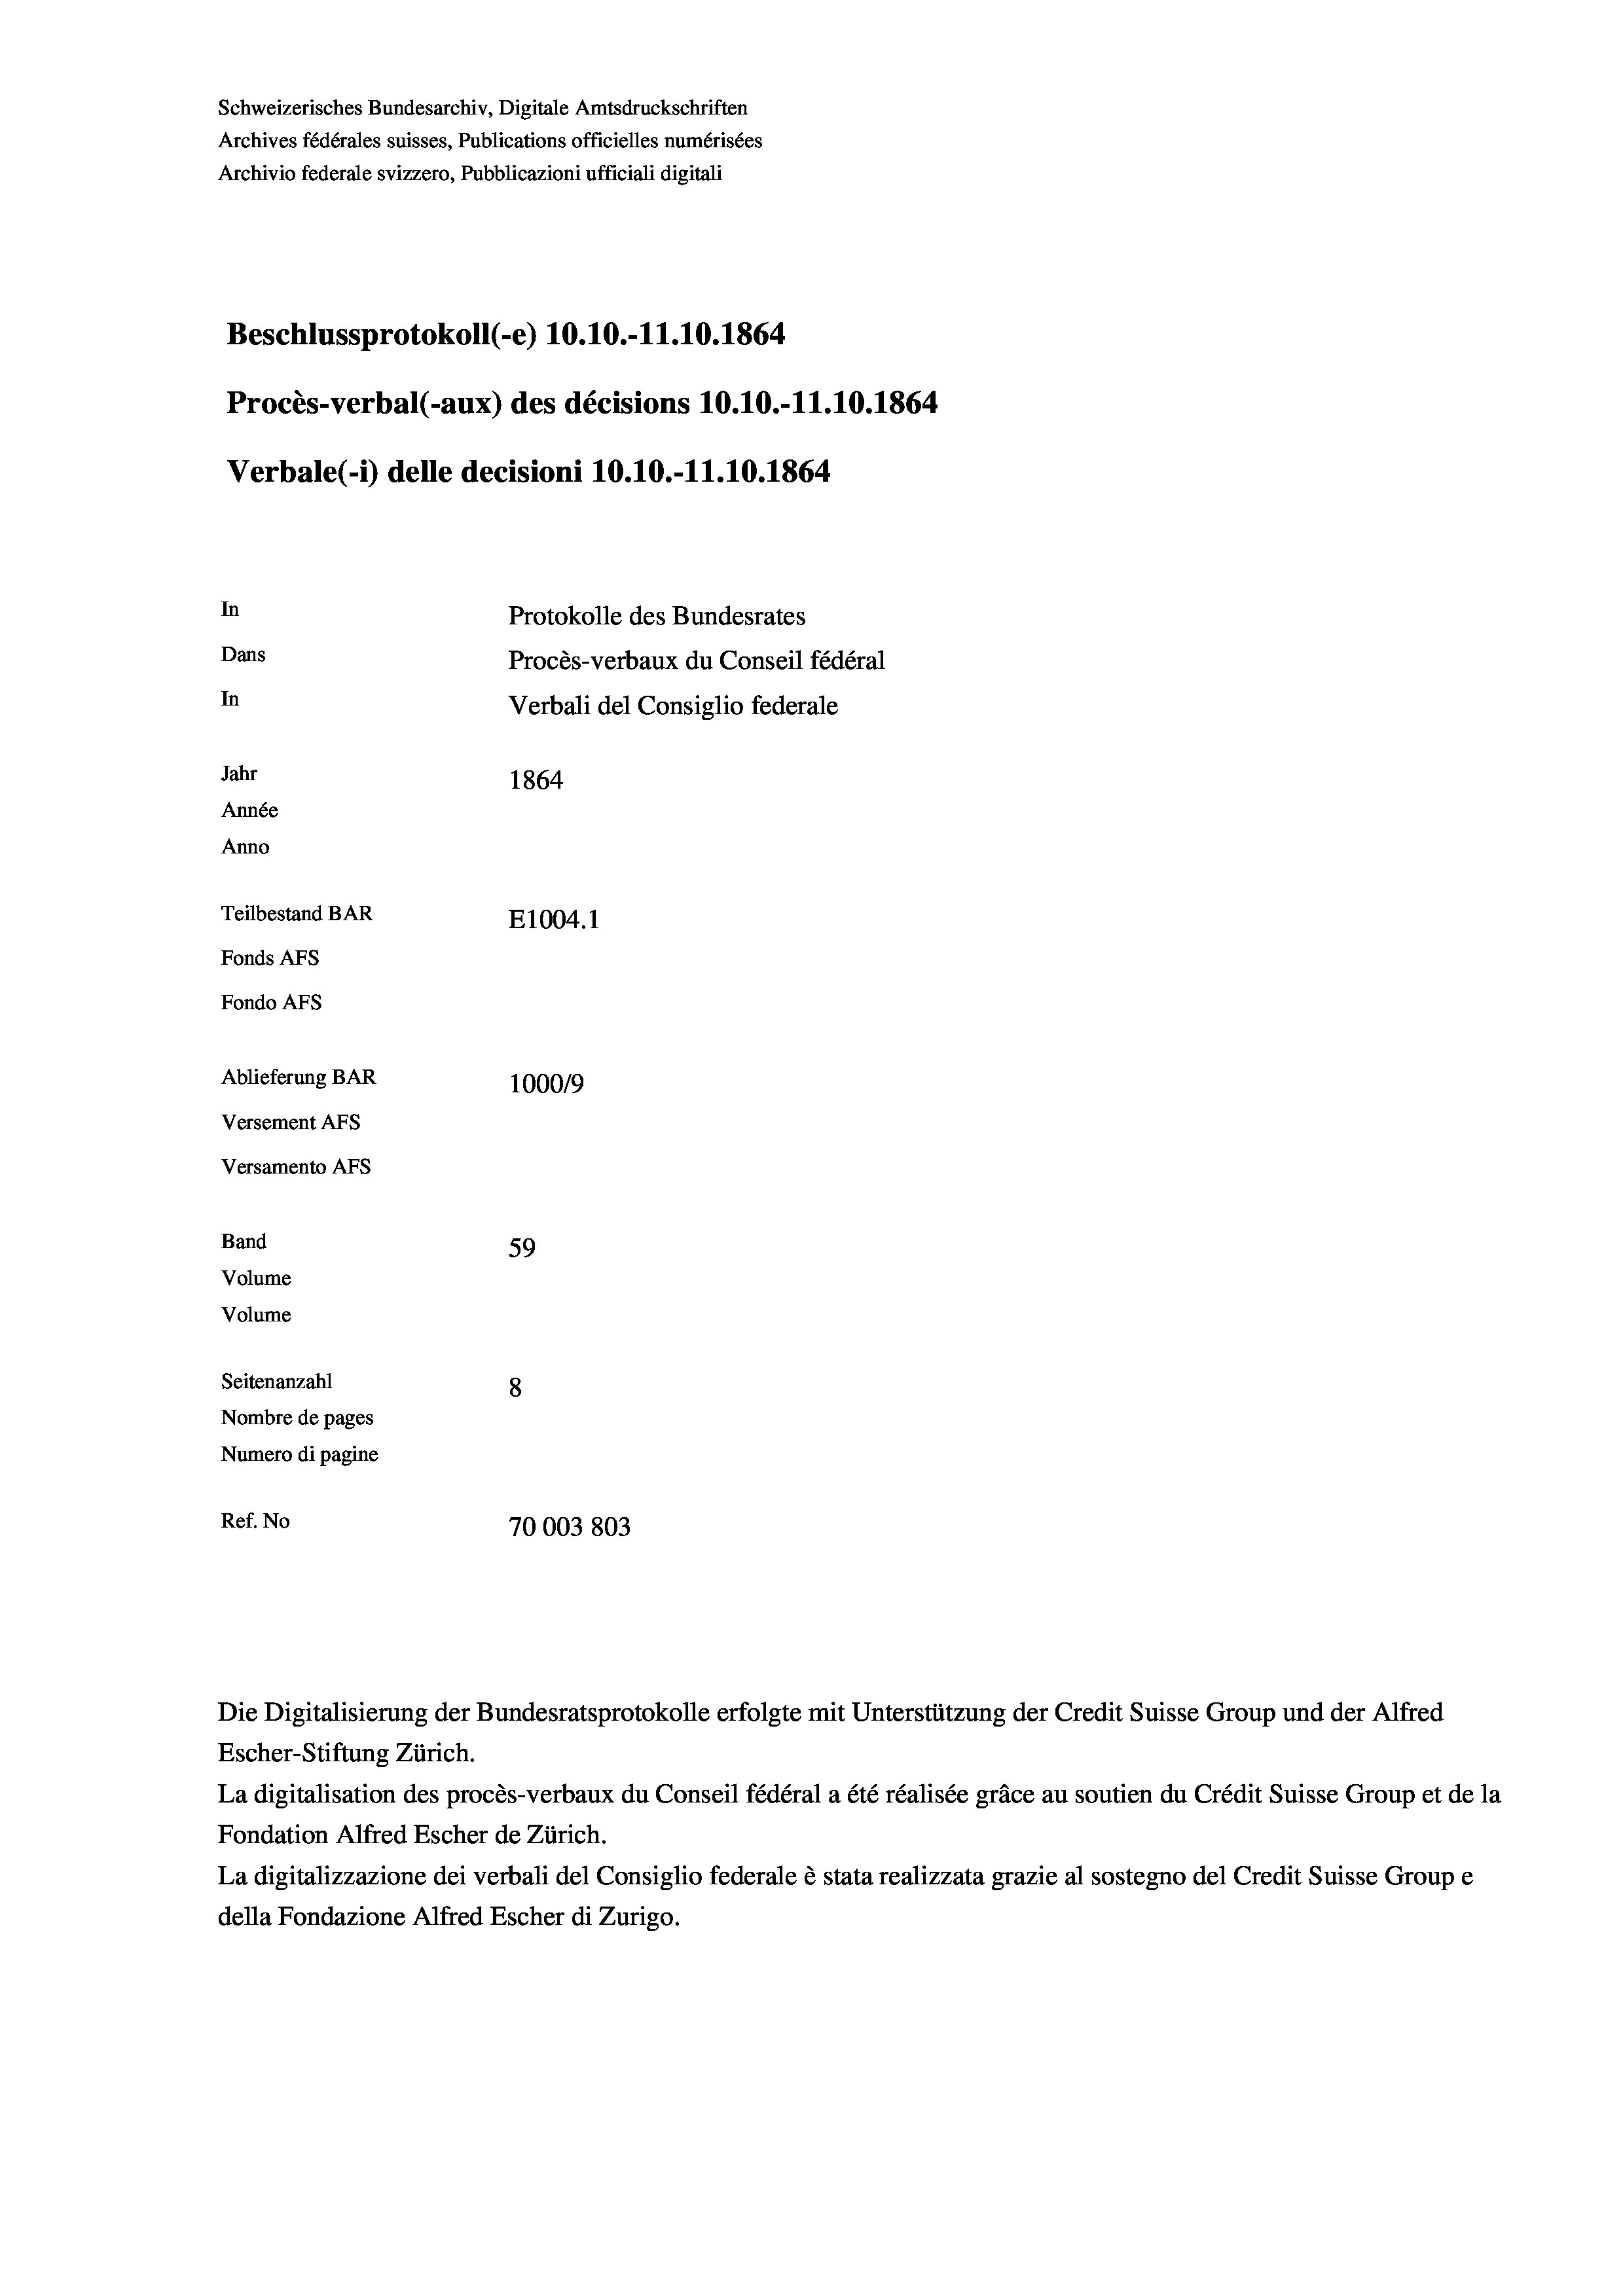
Schweizerisches Bundesarchiv, Digitale Amtsdruckschriften
Archives fédérales suisses, Publications officielles numérisées
Archivio federale svizzero, Pubblicazioni ufficiali digitali
Beschlussprotokoll (-e) 10.10.-11.10.1864
Procès-verbal (-aux) des décisions 10.10.-11.10.1864
Verbale (1) delle decisioni 10.10.-11.10.1864
In
Protokolle des Bundesrates
Dans
Procès-verbaux du Conseil fédéral
In
Verbali del Consiglio federale
Jahr
1864
Année
Anno
Teilbestand BAR
E1004.1
Fonds AFs
Fondo Afs
Ablieferung BAR
100019
Versement AFs
Versamento Afs
Band
59
Volume
Volume
Seitenanzahl
8
Nombre de pages
Numero di pagine
Ref. No
70003803

Die Digitalisierung der Bundesratsprotokolle erfolgte mit Unterstützung der Credit Suisse Group und der Alfred

Escher-Stiftung Zürich.
La digitalisation des procès-verbaux du Conseil fédéral a été réalisée gräce au soutien du Crédit Suisse Group et de la
Fondation Alfred Escher de Zürich.
La digitalizzazione dei verbali del Consiglio federale è stata realizzata grazie al sostegno del Credit Suisse Groupe
della Fondazione Alfred Escher di Zurigo.